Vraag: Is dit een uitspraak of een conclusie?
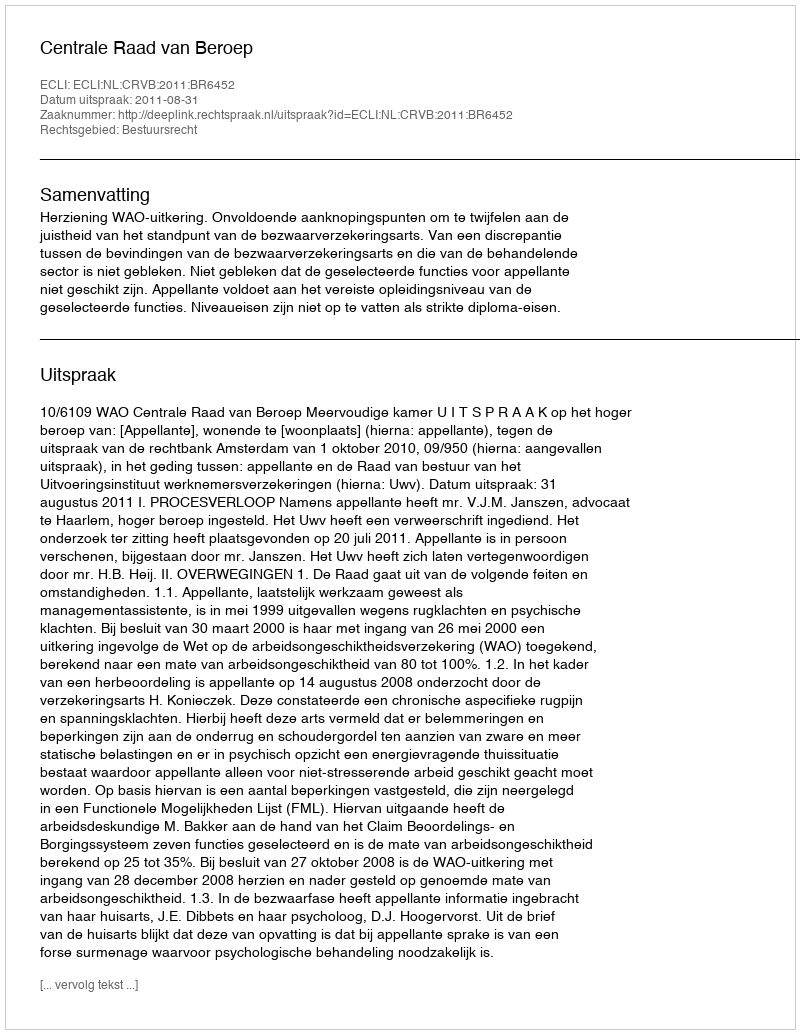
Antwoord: Uitspraak